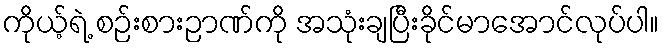
ကိုယ့်ရဲ့ စဉ်းစားဉာဏ်ကို အသုံးချပြီးခိုင်မာအောင်လုပ်ပါ။